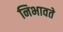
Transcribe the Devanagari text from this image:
निभावते